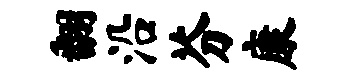
翻沿芬康